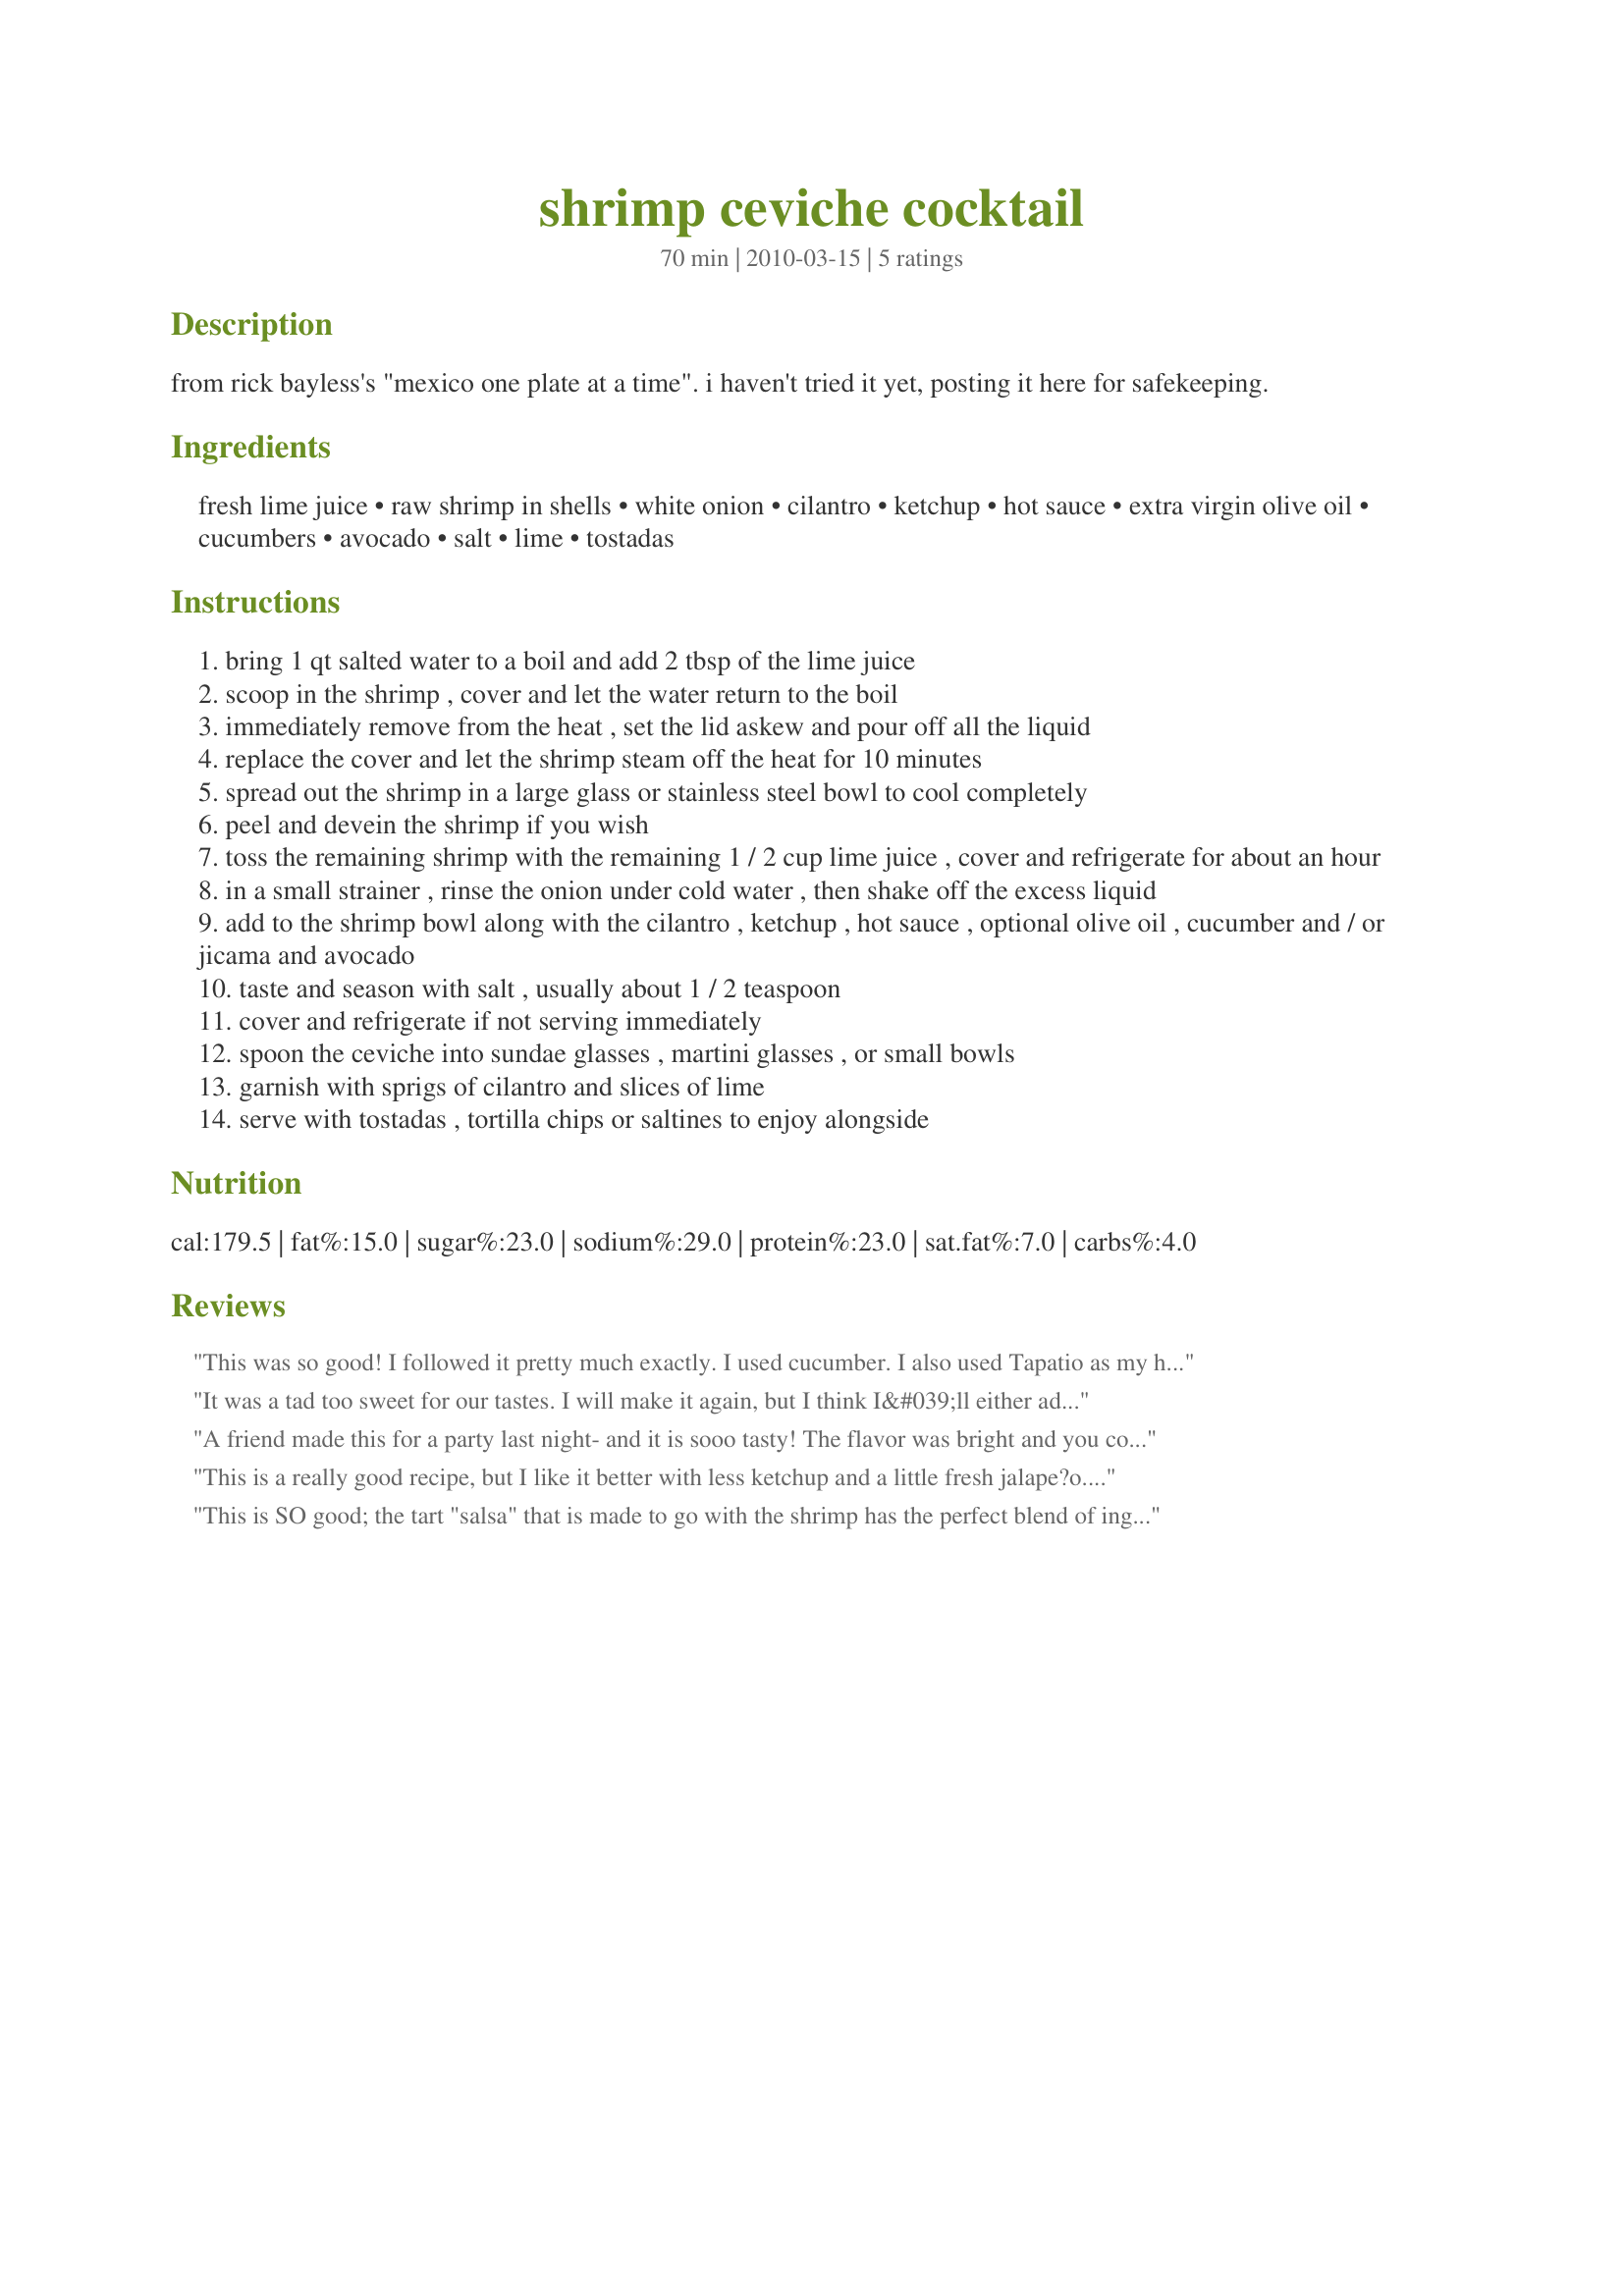
shrimp ceviche cocktail
Preparation time: 70 minutes

from rick bayless's "mexico one plate at a time". i haven't tried it yet, posting it here for safekeeping.

Ingredients:
fresh lime juice, raw shrimp in shells, white onion, cilantro, ketchup, hot sauce, extra virgin olive oil, cucumbers, avocado, salt, lime, tostadas

Steps:
bring 1 qt salted water to a boil and add 2 tbsp of the lime juice
scoop in the shrimp , cover and let the water return to the boil
immediately remove from the heat , set the lid askew and pour off all the liquid
replace the cover and let the shrimp steam off the heat for 10 minutes
spread out the shrimp in a large glass or stainless steel bowl to cool completely
peel and devein the shrimp if you wish
toss the remaining shrimp with the remaining 1 / 2 cup lime juice , cover and refrigerate for about an hour
in a small strainer , rinse the onion under cold water , then shake off the excess liquid
add to the shrimp bowl along with the cilantro , ketchup , hot sauce , optional olive oil , cucumber and / or jicama and avocado
taste and season with salt , usually about 1 / 2 teaspoon
cover and refrigerate if not serving immediately
spoon the ceviche into sundae glasses , martini glasses , or small bowls
garnish with sprigs of cilantro and slices of lime
serve with tostadas , tortilla chips or saltines to enjoy alongside

Reviews:
This was so good! I followed it pretty much exactly. I used cucumber. I also used Tapatio as my hot sauce. Added a little white vinegar and Worcestershire sauce. Ate on tostadas with added avocado and hot sauce on top. Yum! Note: made approx. 4 tosatadas. Will double next time because everyone wanted more.
It was a tad too sweet for our tastes. I will make it again, but I think I&#039;ll either add some vinegar to cut back on the sweetness or maybe go half ketchup + half tomato sauce. It will be a little less gloppy if I go the latter route, but I don&#039;t think that will do it any harm.
A friend made this for a party last night- and it is sooo tasty! The flavor was bright and you could taste the individual ingredients. Thanks for a great recipe! I ate it as a salad, without chips, but it was also enjoyed as a dip by many.
This is a really good recipe, but I like it better with less ketchup and a little fresh jalape?o. My neighbor is Guatemalan and won't share his recipe, which makes divine ceviche, but this is close. He dices his shrimp, ensuring that you get a little of everything in each bite. If you can find the precooked tostadas, they are delicious with the ceviche. Buen provecho.
This is SO good; the tart "salsa" that is made to go with the shrimp has the perfect blend of ingredients. Everyone in the house raved about it so much that I'll be making it again next week. I'm going to use smaller shrimp this time and serve them without the tails on so that it's easier to get a forkful of the shrimp and some of the salsa together in the same bite. We also preferred this without the tortilla chips as we felt they took away from the superb taste of this "ceviche cocktail." The tip about rinsing the onion under cold water after chopping it took away any strong taste, but still kept the flavor of the onion. This is a great technique when adding uncooked onions to recipes and I'm going to use this method from now on. This is one fantastic recipe -- thanks for sharing it!
